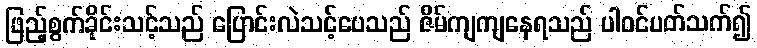
ဖြည့်စွက်ခိုင်းသင့်သည် ပြောင်းလဲသင့်ပေသည် ဇိမ်ကျကျနေရသည် ပါဝင်ပတ်သက်၍